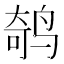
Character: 𱊁